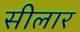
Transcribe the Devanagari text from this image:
सीलार